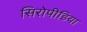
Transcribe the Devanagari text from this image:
सिरोपीडिया